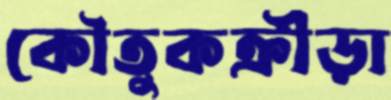
কৌতুকক্রীড়া